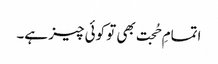
اتمامِ حُجت بھی تو کوئی چیز ہے۔